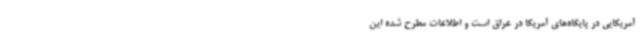
آمریکایی در پایگاه‌های آمریکا در عراق است و اطلاعات مطرح شده این